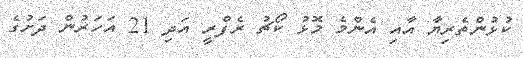
ކުޅުންތެރިޔާ އާއި އެންމެ މޮޅު ކޯޗު ރެފްރީ އަދި 21 އަހަރުން ދަށުގެ